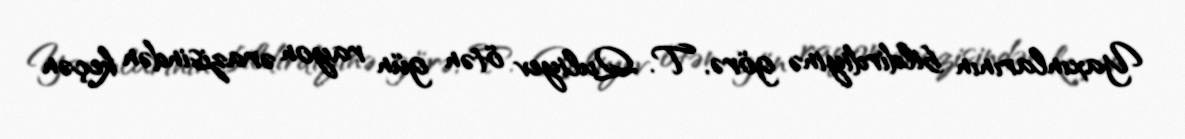
Yaxınlarının bildirdiyinə görə, T. Quliyev ötən gün rayon ərazisindən keçən